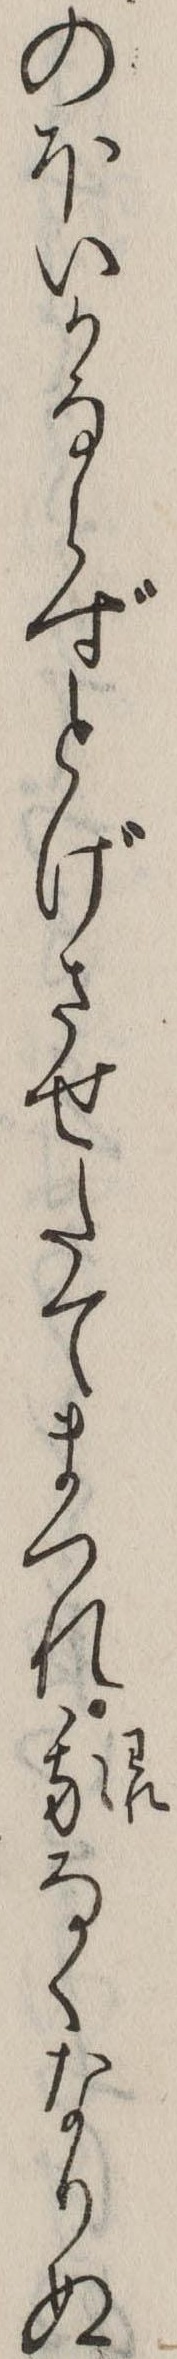
のほいかならずとげさせたてまつれ我なくなりぬ